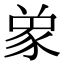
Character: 𮙞